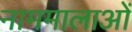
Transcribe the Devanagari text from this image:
नाममालाओं